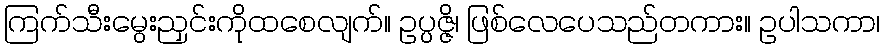
ကြက်သီးမွေးညှင်းကိုထစေလျက်။ ဥပ္ပဇ္ဇိ၊ ဖြစ်လေပေသည်တကား။ ဥပါသကာ၊